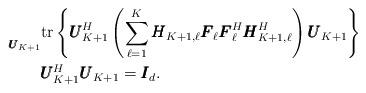
LaTeX: \begin{align*} \underset{\pmb{U}_{K+1}}{} &\mathrm{tr}\left\{\pmb{U}_{K+1}^H\left(\sum\limits_{\ell=1}^{K}\pmb{H}_{K+1,\ell}\pmb{F}_\ell\pmb{F}_\ell^H\pmb{H}_{K+1,\ell}^H\right)\pmb{U}_{K+1}\right\} \\ &\pmb{U}_{K+1}^H\pmb{U}_{K+1} = \pmb{I}_d.\end{align*}